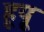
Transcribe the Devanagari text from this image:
हूपू